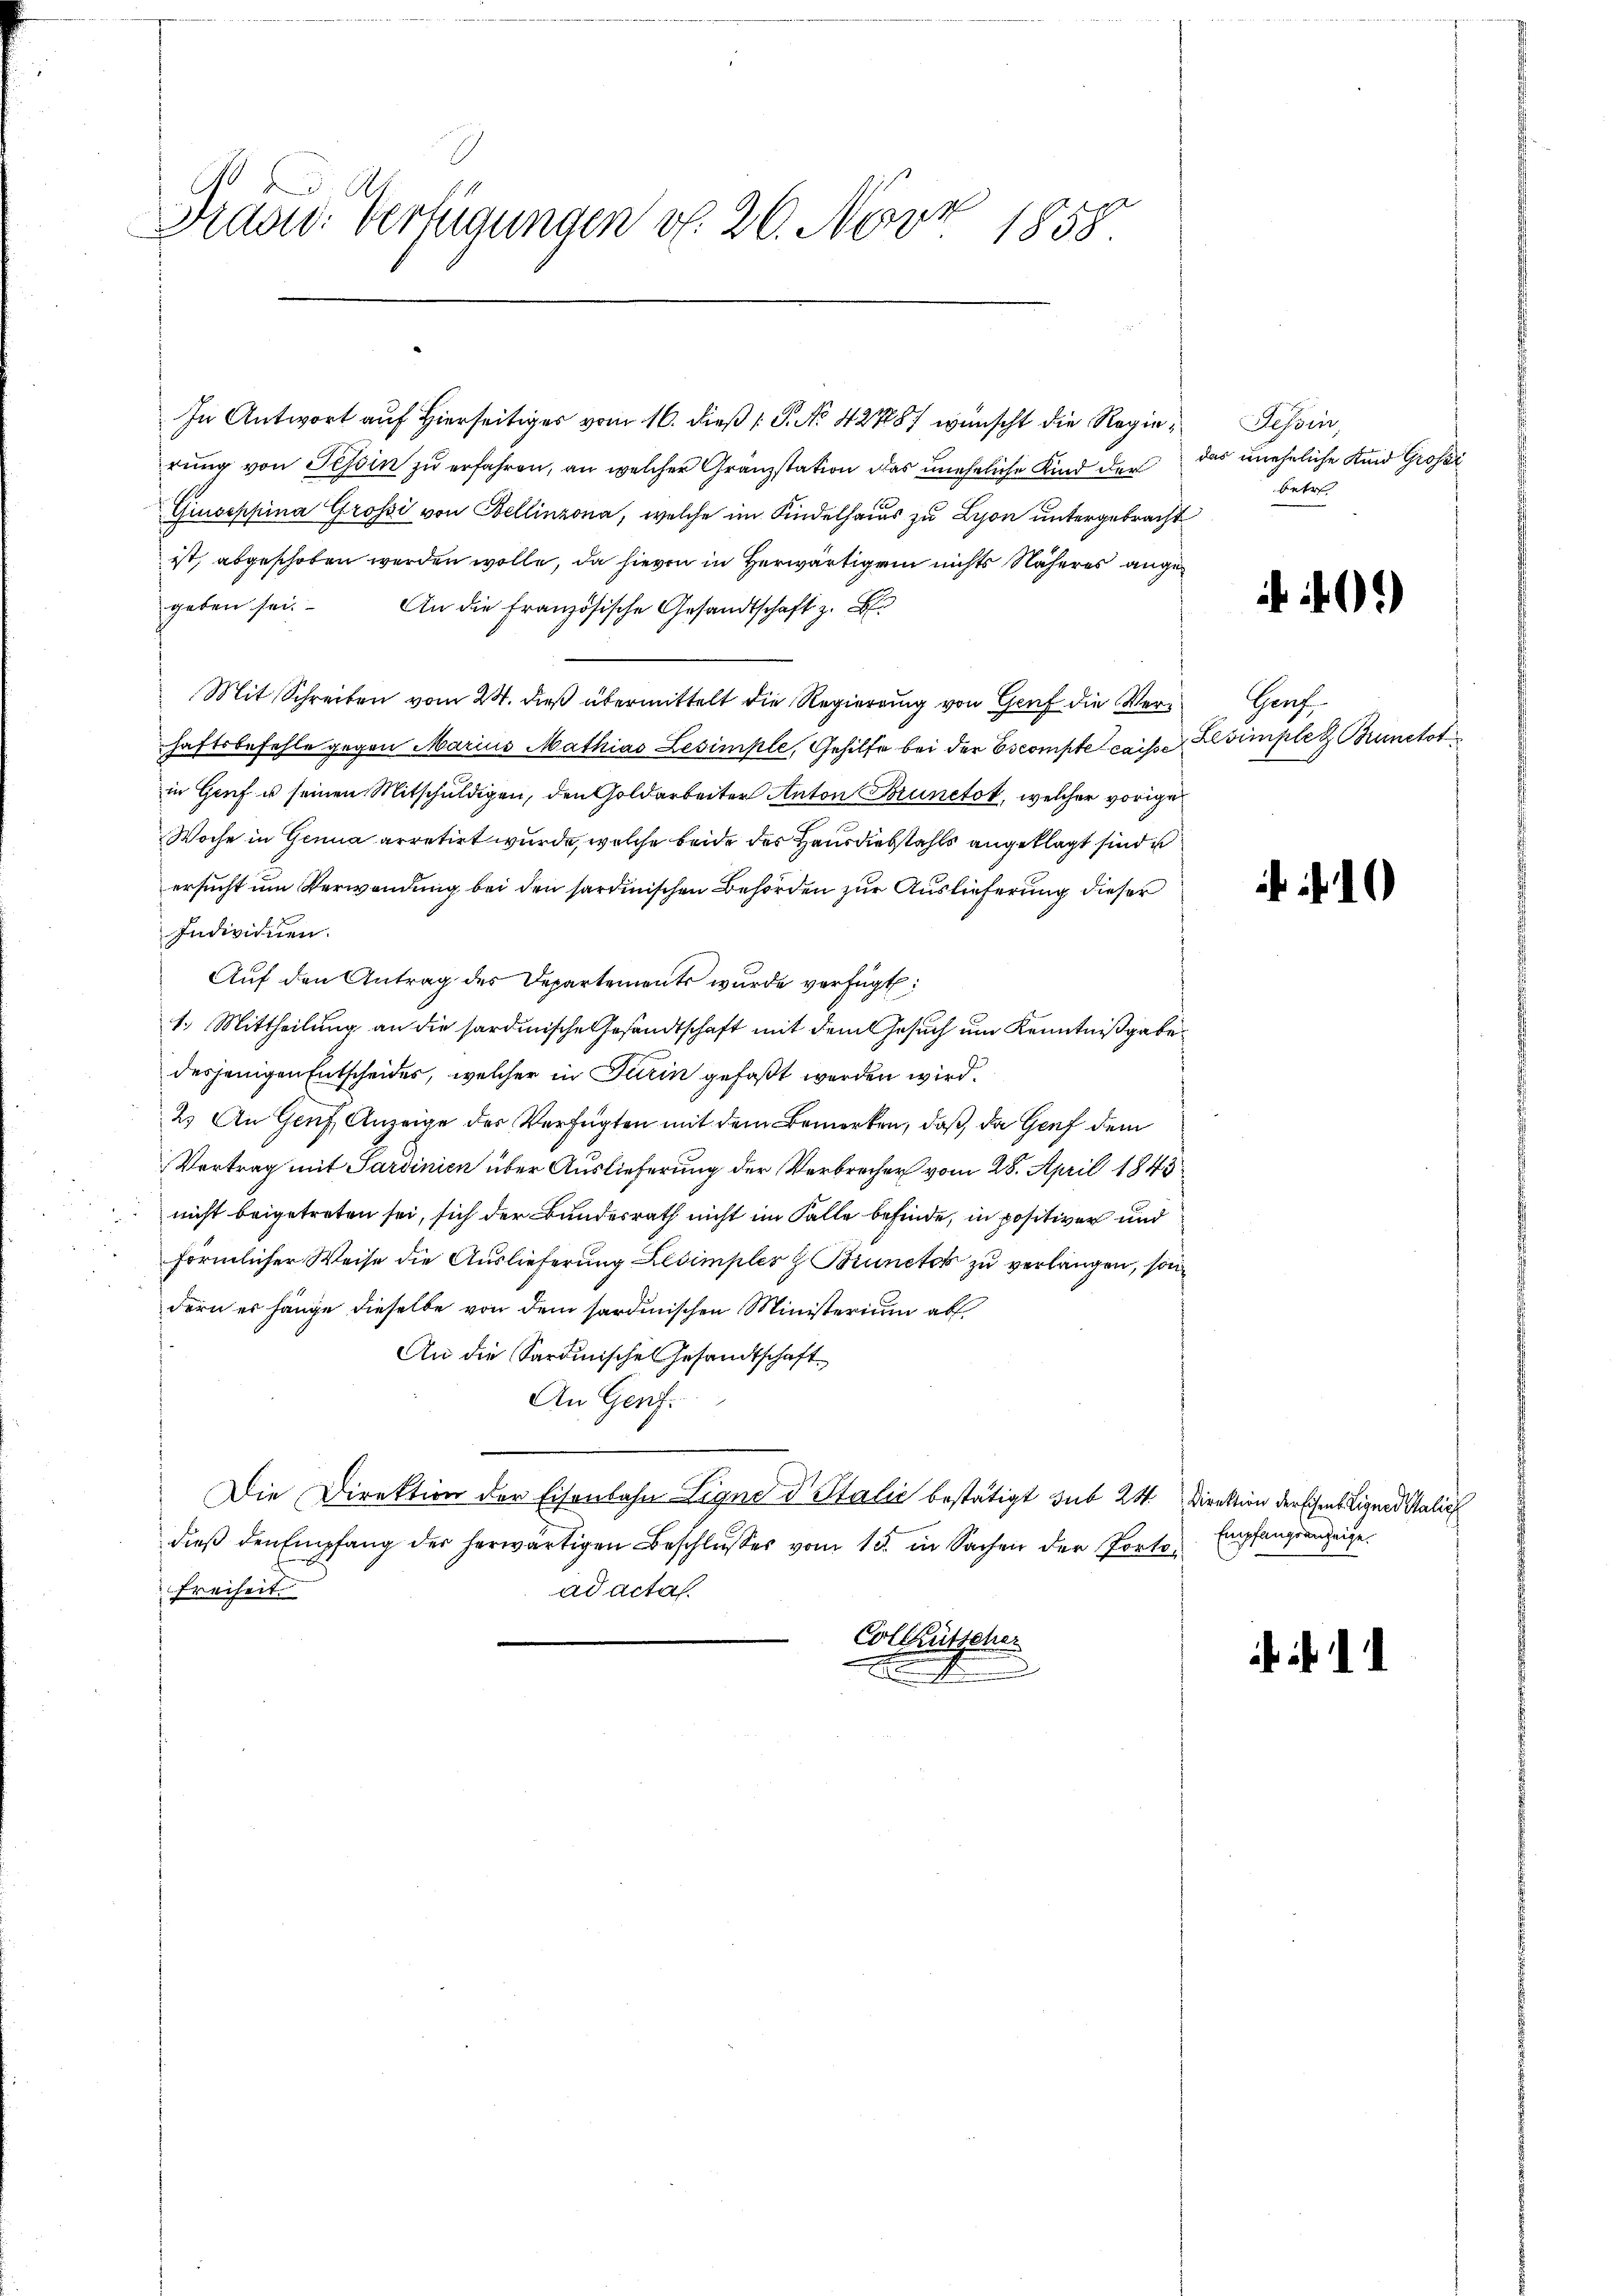
.
Grasw. Verfügungen v. 26. Nesse
 1858.

In Antwort auf Hierseitiges vom 16. dieß P. No. 427887 wünscht die Regierung von Tessin zu erfahren, an welcher Granzstation das uneheliche Kind der
Giuseppina Grossi von Bellinzona, welche im Kindelhaus zu Lyon untergebracht
ist, abgeschoben werden wolle, da hievon in Herwärtigen nichts Näheres angegeben sei. An die Französische Gesandtschaft z. B
Mit Schreiben vom 24. dieß übermittelt die Regierung von Genf die Verhaftsbefehle gegen Marius Mathias Lesimple, Gehilfe bei der Escompte caisse Elsimplet Punctot
in Genf u seinen Mitschuldigen, den Goldarbeiter Anton Brunetot, welcher voriges
Woche in Genua arretirt wurde, welche beide des Hausdiebstahls angeklagt sind u
ersucht um Verwendung bei den sardinischen Behörden zur Auslieferung dieser
Individuen.
Auf den Antrag des Departements wurde verfügt:
1.) Mittheilung an die sardinische Gesandtschaft mit dem Gesuch um Kenntnißgabedesjenigen Entscheides, welcher in Turin gefaßt werden wird.
2.) An Genf, Anzeige des Verfügten mit dem Bemerken, daß da Genf dem
Vortrag mit Sardinien über Auslieferung der Verbrecher vom 28. April 1843
nicht beigetreten sei, sich der Bundesrath nicht im Falle befinde, in positiver und
förmlicher Weise die Auslieferung Lesimpler & Brunetor zu verlangen, son
dern es hänge dieselbe von dem sardinischen Ministerium ab.
An die Sardinisches Gesandtschaft
An Genf.
Die Direktion der Eisenbahn Signo d Stalić bestätigt sub 24. Direktion der schen Ligner Salic
dieß den Empfang der herwärtigen Beschlusses vom 15. in Sachen der Portoad actas.
Freiheit
Colleutsche
s
.

Tessin,
das uneheliche Kind Grosse
betret

Gorf

10

Empfangsanzeige.